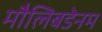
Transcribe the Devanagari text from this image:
मौलिबडेनम